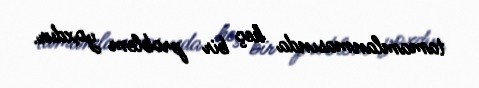
tamamlanmasında heç bir problem yoxdur.